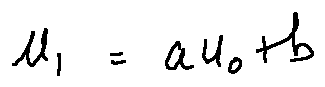
u _ { 1 } = a u _ { 0 } + b